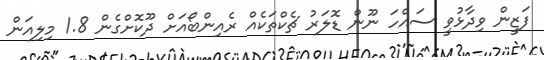
ފަޒީން ވިދާޅުވީ ސައްހަ ނޫން ޑޮލަރު ޗެކްތަކެއް ރެއިންބޯއަށް ދޫކޮށްގެން 1.8 މިލިއަން